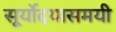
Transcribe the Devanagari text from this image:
सूर्योदयासमयी